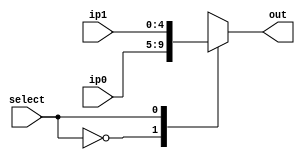
module mux_5_bit_2_input(ip0, ip1, select, out);

	output reg [4:0] out;
	
	input  [4:0] ip0, ip1;
	input  select;
	
	always@(*) begin
		case(select)
			0: out = ip0;
			1: out = ip1;
			default: out = ip0;
		endcase
	end
	
endmodule